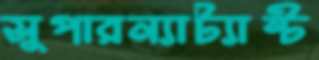
সুপারন্যাট্যান্ট